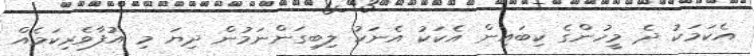
އެކަމަކު ދެ މީހުންގެ ކިބައިން އެކަކު އެނަކު ލިބިގަންނަމުން ދިޔަ މި އުފާވެރިކަމެއް